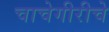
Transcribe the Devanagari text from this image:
चाचेगीरीचे